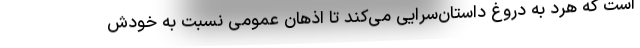
است که هرد به دروغ داستان‌سرایی می‌کند تا اذهان عمومی نسبت به خودش